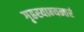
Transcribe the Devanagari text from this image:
गृहस्याभ्यन्तरं